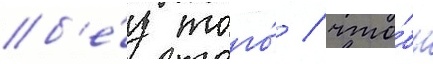
б'е́з того́ / что́бы